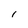
Character: l